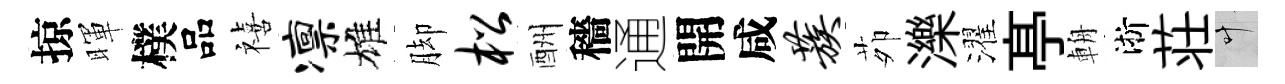
掠暉樸品禧凛雄脚松酬穡通開咸蔟茆濼濯𠅘輈淅荘叶